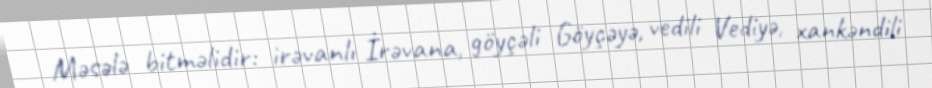
Məsələ bitməlidir: irəvanlı İrəvana, göyçəli Göyçəyə, vedili Vediyə, xankəndili